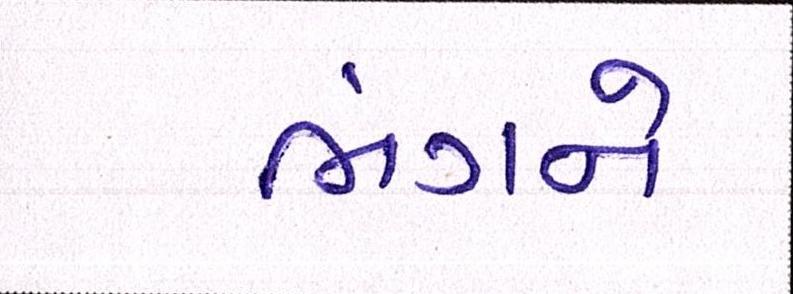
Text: ભંગને